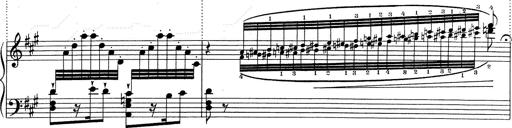
Title: RÃ©miniscences de Don Juan
Composer: Franz Liszt